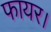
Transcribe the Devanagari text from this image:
फायर।